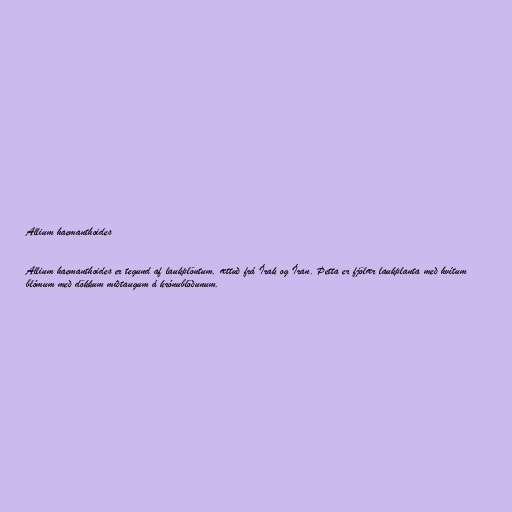
Allium haemanthoides

Allium haemanthoides er tegund af laukplöntum, ættuð frá Írak og Íran. Þetta er fjölær laukplanta með hvítum
blómum með dökkum miðtaugum á krónublöðunum.